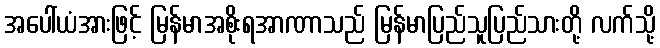
အပေါ်ယံအားဖြင့် မြန်မာအစိုးရအာဏာသည် မြန်မာပြည်သူပြည်သားတို့ လက်သို့